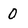
Character: 0